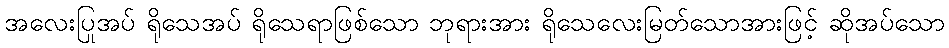
အလေးပြုအပ် ရိုသေအပ် ရိုသေရာဖြစ်သော ဘုရားအား ရိုသေလေးမြတ်သောအားဖြင့် ဆိုအပ်သော